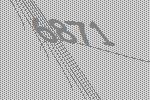
6871